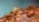
تفهمك